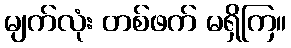
မျက်လုံး တစ်ဖက် မရှိကြ။